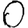
Digit: 0